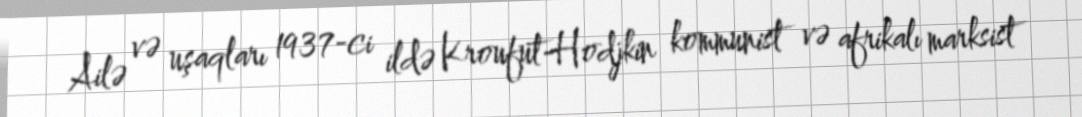
Ailə və uşaqları 1937-ci ildə Kroufut-Hodjkin kommunist və afrikalı marksist